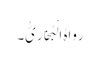
رَوَاہُ الْبُخَارِیُّ۔